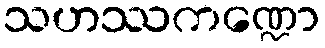
သဟဿကဏ္ဍော